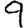
Digit: 9